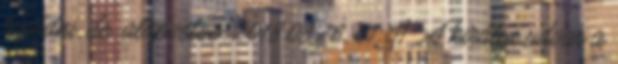
lepődni, de. alapvetőe. 2018.08.26. 01:01 „A királyi udvar a